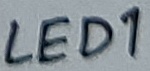
Text: LED1